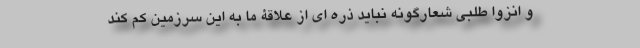
و انزوا طلبی شعارگونه نباید ذره ای از علاقۀ ما به این سرزمین کم کند